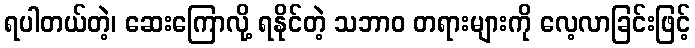
ရပါတယ်တဲ့၊ ဆေးကြောလို့ ရနိုင်တဲ့ သဘာဝ တရားများကို လေ့လာခြင်းဖြင့်